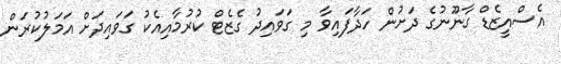
އެސްއީޒެޑް ގާނޫނުގެ ދަށުން ހަދާފައިވާ މި ގަވައިދު ގެޒެޓް ކުރުމާއިއެކު ގަވައިދަށް އަމަލުކުރަން